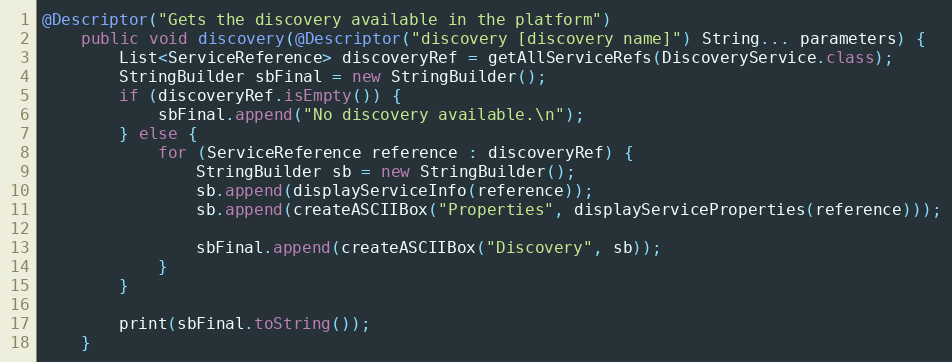
Language: Java
@Descriptor("Gets the discovery available in the platform")
    public void discovery(@Descriptor("discovery [discovery name]") String... parameters) {
        List<ServiceReference> discoveryRef = getAllServiceRefs(DiscoveryService.class);
        StringBuilder sbFinal = new StringBuilder();
        if (discoveryRef.isEmpty()) {
            sbFinal.append("No discovery available.\n");
        } else {
            for (ServiceReference reference : discoveryRef) {
                StringBuilder sb = new StringBuilder();
                sb.append(displayServiceInfo(reference));
                sb.append(createASCIIBox("Properties", displayServiceProperties(reference)));

                sbFinal.append(createASCIIBox("Discovery", sb));
            }
        }

        print(sbFinal.toString());
    }